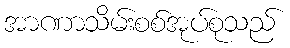
အာဏာသိမ်းစစ်အုပ်စုသည်